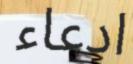
ادعاء